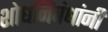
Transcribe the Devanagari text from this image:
शोधनिबंधांनी